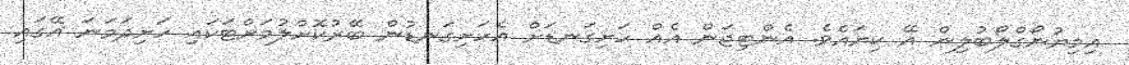
އިމިޔުނޯގްލޯބުލިން އޭ ކިޔައެވެ. އެންޓިޖަން އެއް ހަށިގަނޑަށް އެހަށިގަނޑުން ބޭރުކޮށްލުމަށްޓަކައި ހަށިދަމަނަ އޭގައި